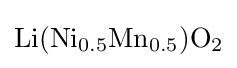
{\mathrm {Li} (\mathrm {Ni} {\vphantom {A}}_{\smash[{t}]{0.5}}\mathrm {Mn} {\vphantom {A}}_{\smash[{t}]{0.5}})\mathrm {O} {\vphantom {A}}_{\smash[{t}]{2}}}